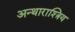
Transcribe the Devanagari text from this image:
अन्थाराश्त्रिय